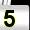
Digit: 5